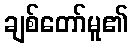
ချစ်တော်မူ၏